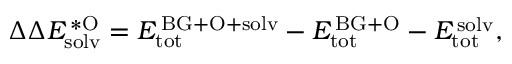
\Delta \Delta E _ { \mathrm { s o l v } } ^ { \mathrm { \, * O } } = E _ { \mathrm { t o t } } ^ { \mathrm { \, B G + O + s o l v } } - E _ { \mathrm { t o t } } ^ { \mathrm { \, B G + O } } - E _ { \mathrm { t o t } } ^ { \mathrm { \, s o l v } } ,